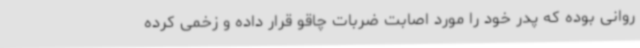
روانی بوده که پدر خود را مورد اصابت ضربات چاقو قرار داده و زخمی کرده